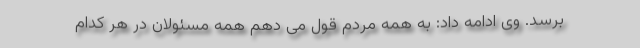
برسد. وی ادامه داد: به همه مردم قول می دهم همه مسئولان در هر کدام